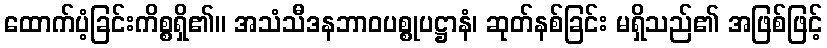
ထောက်ပံ့ခြင်းကိစ္စရှိ၏။ အသံသီဒနဘာဝပစ္စုပဋ္ဌာနံ၊ ဆုတ်နစ်ခြင်း မရှိသည်၏ အဖြစ်ဖြင့်